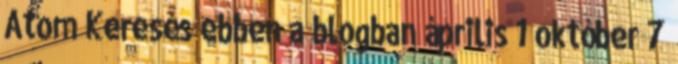
Atom Keresés ebben a blogban április 1 október 7